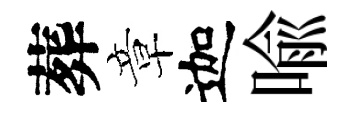
葬章迦喩